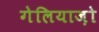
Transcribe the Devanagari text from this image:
गेलियाज़ो